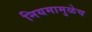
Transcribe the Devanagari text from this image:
नियमामुळेच